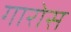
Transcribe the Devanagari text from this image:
गारोस